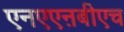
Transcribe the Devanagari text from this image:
एनएएऩबीएच